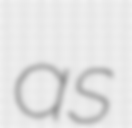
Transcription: as